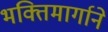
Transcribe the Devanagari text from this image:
भक्तिमार्गाने